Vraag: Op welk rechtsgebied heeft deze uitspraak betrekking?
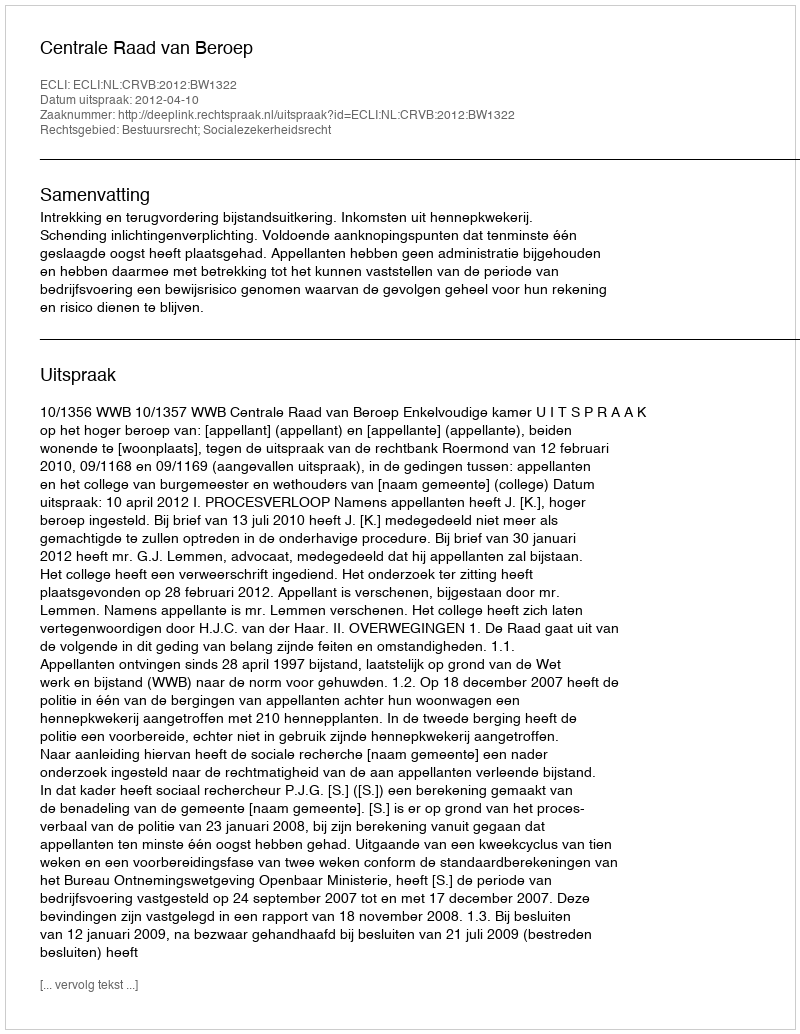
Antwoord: Bestuursrecht; Socialezekerheidsrecht